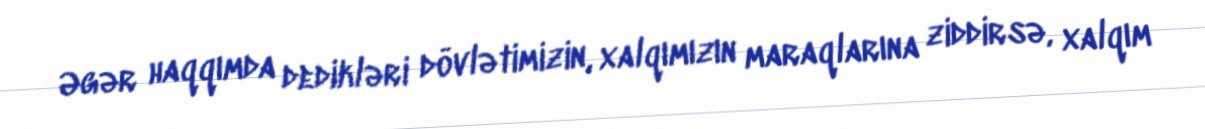
Əgər haqqımda dedikləri dövlətimizin, xalqımızın maraqlarına ziddirsə, xalqım